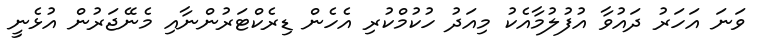
ވަނަ އަހަރު ދައުވާ އުފުލުމާއެކު މިއަދު ހުކުމްކުރި އެހެން ޑިރެކްޓަރުންނާއި މެނޭޖަރުން އުޅެނީ